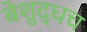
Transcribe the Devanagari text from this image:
बेशुद्धच